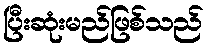
ပြီးဆုံးမည်ဖြစ်သည်